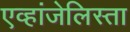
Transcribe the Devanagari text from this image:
एव्हांजेलिस्ता